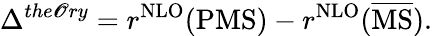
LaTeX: \Delta^{the\mathscr{O}ry}=r^{\mathrm{{{NLO}}}}(\mathrm{{{PMS}}})-r^{\mathrm{{{NLO}}}}(\overline{{{\mathrm{{{MS}}}}}}).